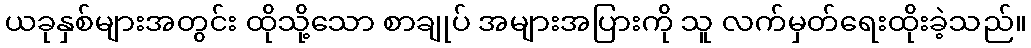
ယခုနှစ်များအတွင်း ထိုသို့သော စာချုပ် အများအပြားကို သူ လက်မှတ်ရေးထိုးခဲ့သည်။